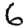
Digit: 6